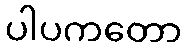
ပါပကတော